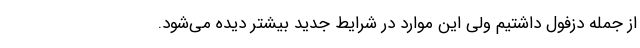
از جمله دزفول داشتیم ولی این موارد در شرایط جدید بیشتر دیده می‌شود.